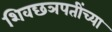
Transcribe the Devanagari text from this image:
शिवछञपतींच्या